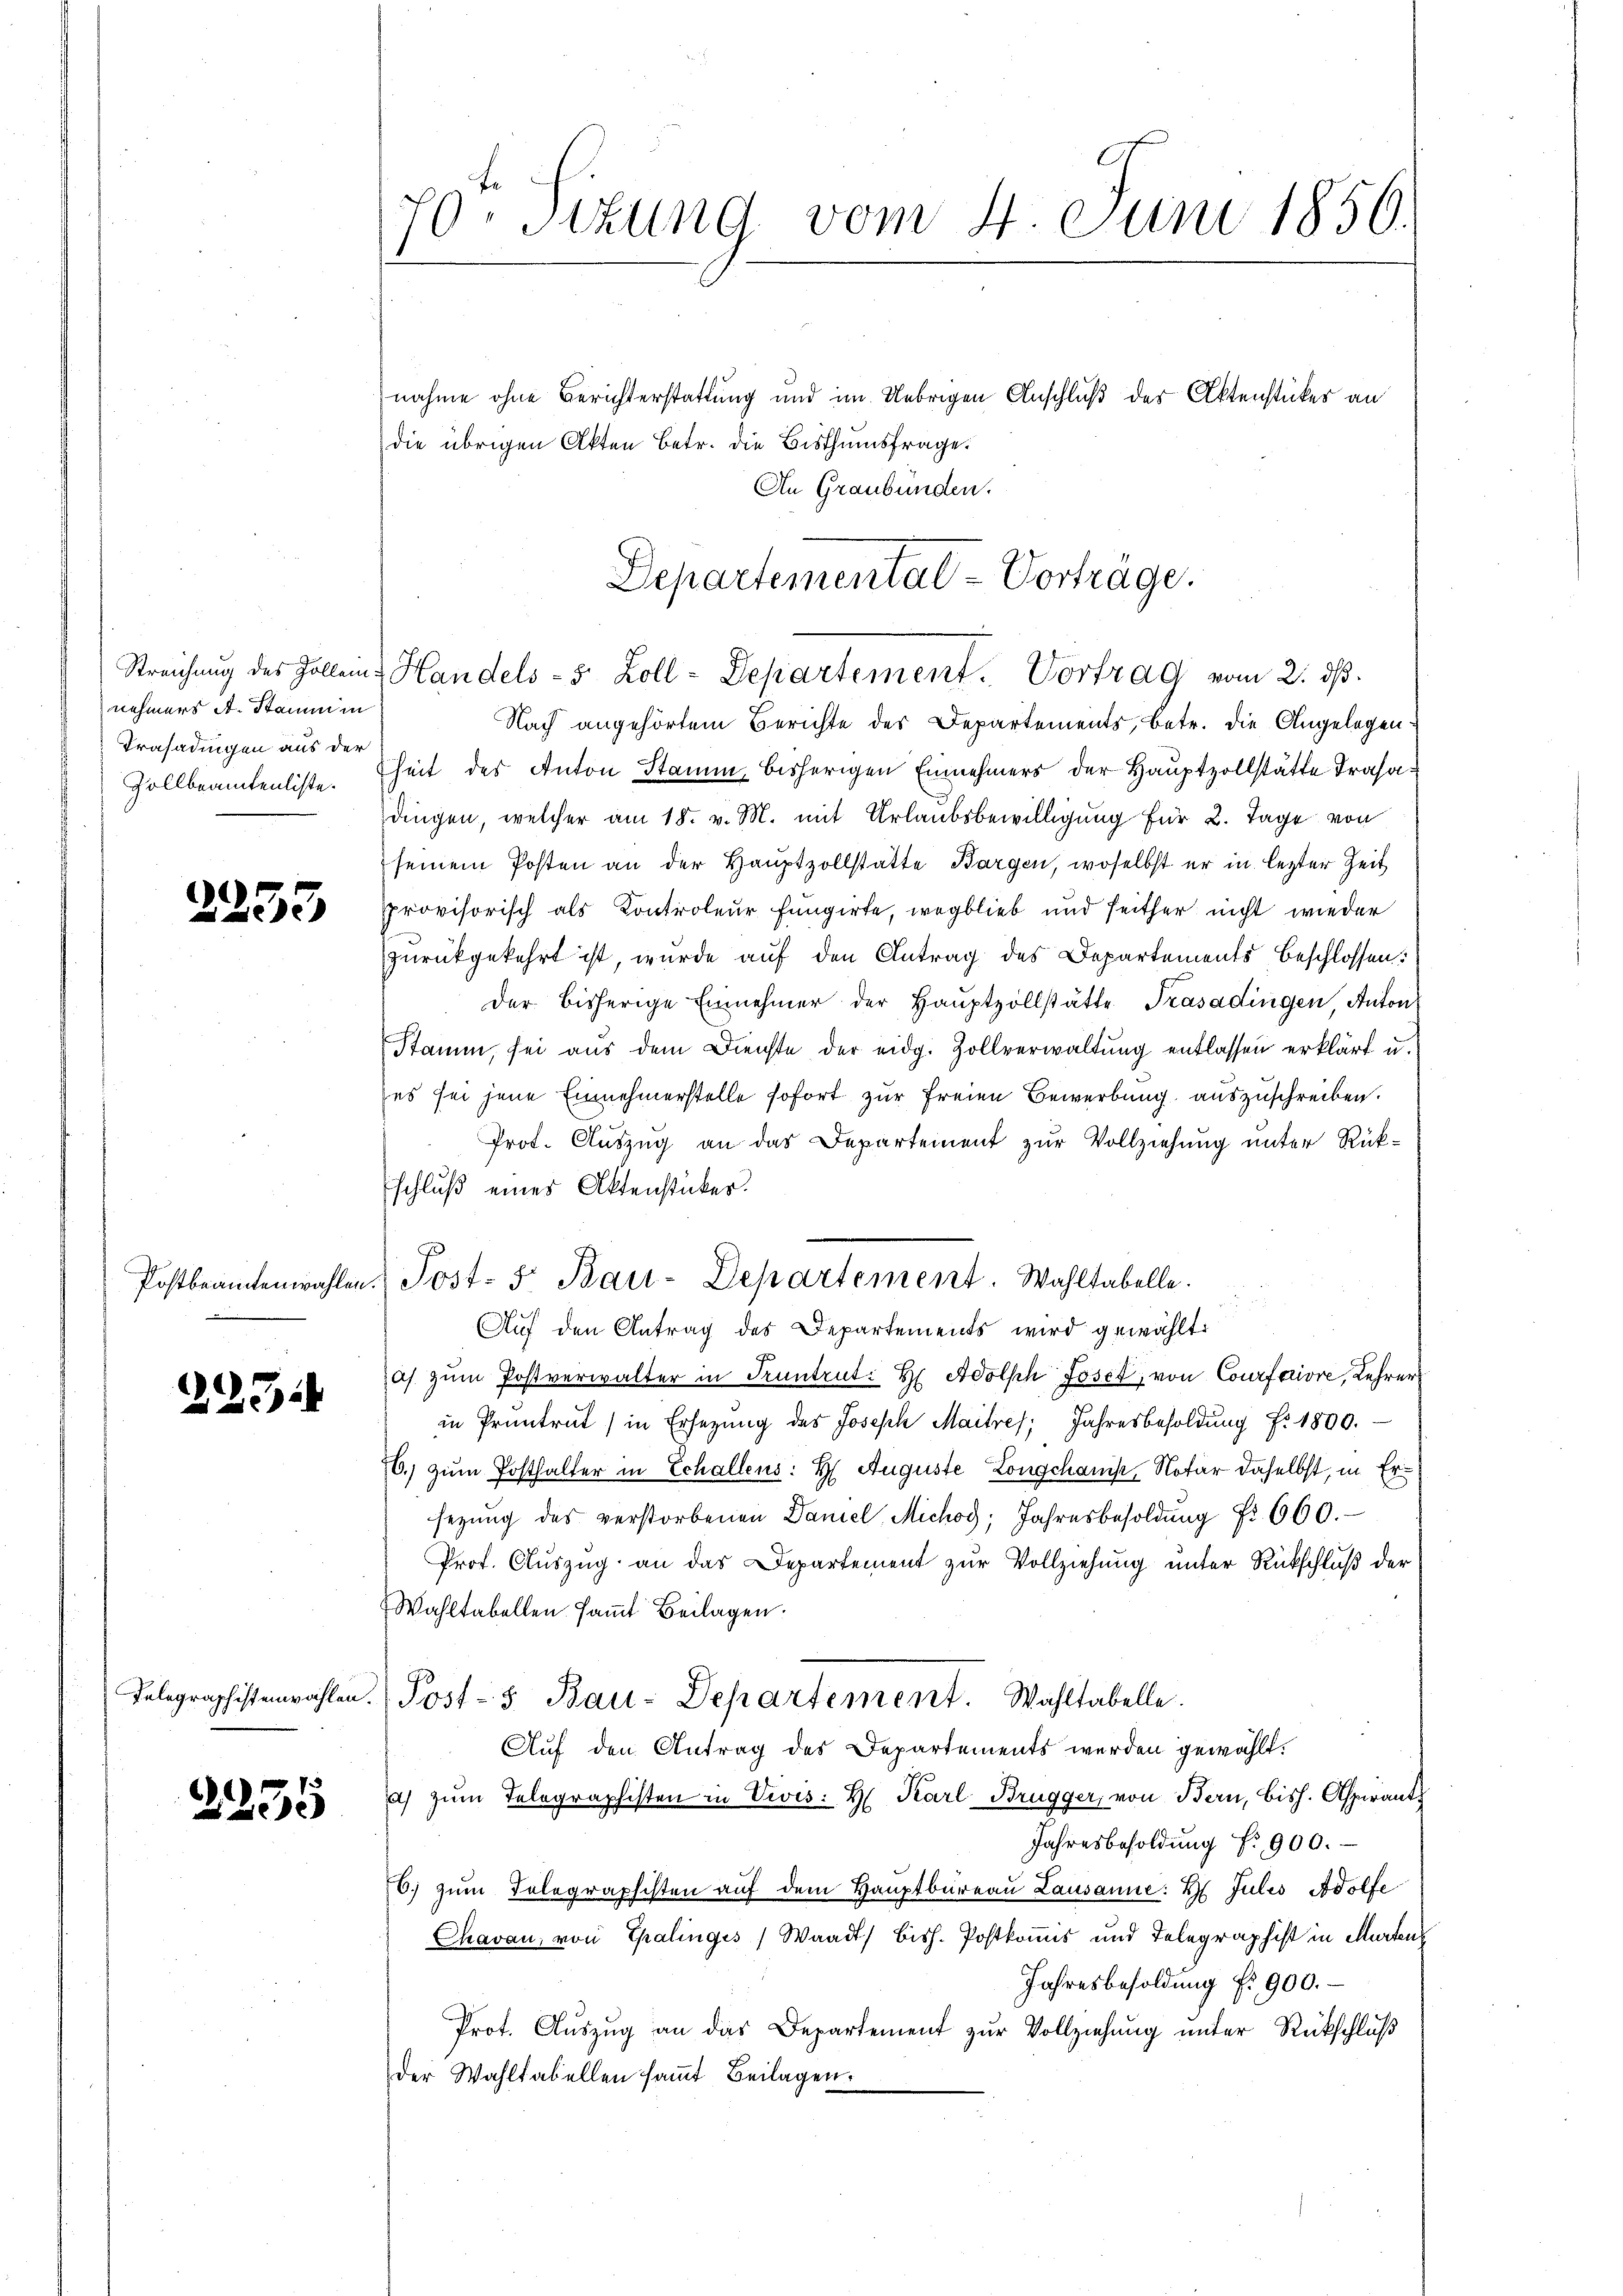
nehmers A. Stamm in
Trasadingen aus der
Zollbeamtenliste.

2253

227

3235

nahme ohne Berichterstattung und im Uebrigen Anschluß der Aktenstückes an
die übrigen Akten Betr. die Bisthumsfrage.
An Graubünden.

Nach angehörtem Berichte des Departements, betr. die Angelegenheit des Anton Stamm, bisherigen Einnehmers der Hauptzollstätte Trasadingen, welcher am 18. v. M. mit Urlaubsbewilligung für 2. Tage von
seinem Posten an der Hauptzollstatte Bargen, woselbst er in lezter Zeit
provisorisch als Controleur fungirte, wegblieb und seither nicht wieder
zurückgekehrt ist, wurde auf den Antrag des Departements beschlossen:
der bisherige Einnehmer der Haŭptzollstätte Trasadingen, Anton
Stamm, sei aus dem Dienste der eidg. Zollverwaltung entlassen erklärt u.
es sei jene Einnehmerstelle sofort zur Freien Bewerbung auszuschreiben.
Prot. Auszug an das Departement zur Vollziehung unter Rükschluß eines Aktenstücker.
Auf den Antrag des Departements wird gewählt:
as zŭm Postverwalter in Truntrut H Adolph Joset, von Courfariore, Lehrer
in Pruntrut (in Ersezung des Joseph Maitres Jahresbesoldung f. 1800.
16.) zum Posthalter in Schallens: H. Auguste Longchamp, Notar daselbst, in Ersegŭng des verstorbenen Daniel, Michod; Jahresbesoldŭng Nr. 660.
Prof. Auszug an das Departement zur Vollziehung unter Rückschluß der
Wahltabellen saṁt Beilagen.
Telegraphistenzahlen. Post-5 Bau-Departement. Wahltabelle.
u
Auf den Antrag des Departements werden gewählt.
a) zŭm Telegraphisten in Vivis: H. Karl-Brügger, von Bern, bish. Aspirant
Jahresbesoldŭng f. 900.
6. zŭm Telegraphisten aŭf dem Haŭptbüreaŭ Lausanne: t Julis Adolfe
Chavan, von Chalinges (Waadt) bish. Postkomis und Telegraphist in Marten
Jahresbesoldung f. 900.
Prot. Aŭszŭg an das Departement zŭr Vollziehung unter Rückschluß
der Wahltabellen saṁt Beilagen.

70. Sitzung vom 4. Juni 1856.

Departemental - Vorträge.
Streichung des Zollein, Handels- 5 Zoll-Departement. Vortrag vom 2. dß.

Postbeamtenwahlen. Post- 5. Bau-Departement. Wahltabelle.